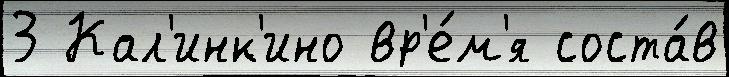
3 Кал'инк'ино вр'е́м'я соста́в